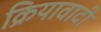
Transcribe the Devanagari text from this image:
क्रियावादी